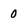
Character: 0